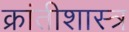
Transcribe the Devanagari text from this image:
क्रांतीशास्त्र